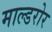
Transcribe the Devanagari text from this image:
माल्डरोर